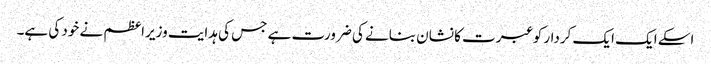
اسکے ایک ایک کردار کو عبرت کا نشان بنانے کی ضرورت ہے جس کی ہدایت وزیراعظم نے خود کی ہے۔